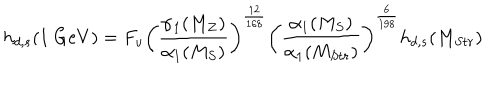
LaTeX: h _ { d , s } ( 1 \ G e V ) = F _ { u } \left( \frac { \alpha _ { 1 } ( M _ { Z } ) } { \alpha _ { 1 } ( M _ { S } ) } \right) ^ { \frac { 1 2 } { 1 6 8 } } \left( \frac { \alpha _ { 1 } ( M _ { S } ) } { \alpha _ { 1 } ( M _ { S t r } ) } \right) ^ { \frac { 6 } { 1 9 8 } } h _ { d , s } ( M _ { S t r } )